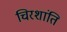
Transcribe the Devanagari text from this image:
चिरशांति